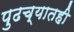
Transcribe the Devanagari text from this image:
पुढच्यातही